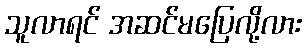
သူလာရင် အဆင်မပြေလို့လား